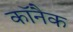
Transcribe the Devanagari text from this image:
कॉनैक